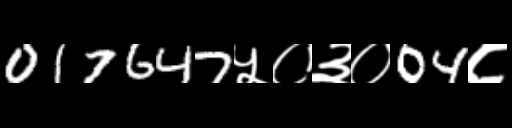
Text: 017647५०३०04८